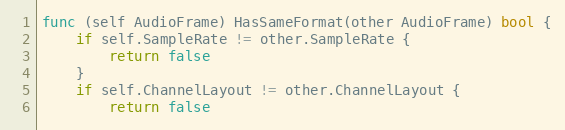
Language: Go
func (self AudioFrame) HasSameFormat(other AudioFrame) bool {
	if self.SampleRate != other.SampleRate {
		return false
	}
	if self.ChannelLayout != other.ChannelLayout {
		return false